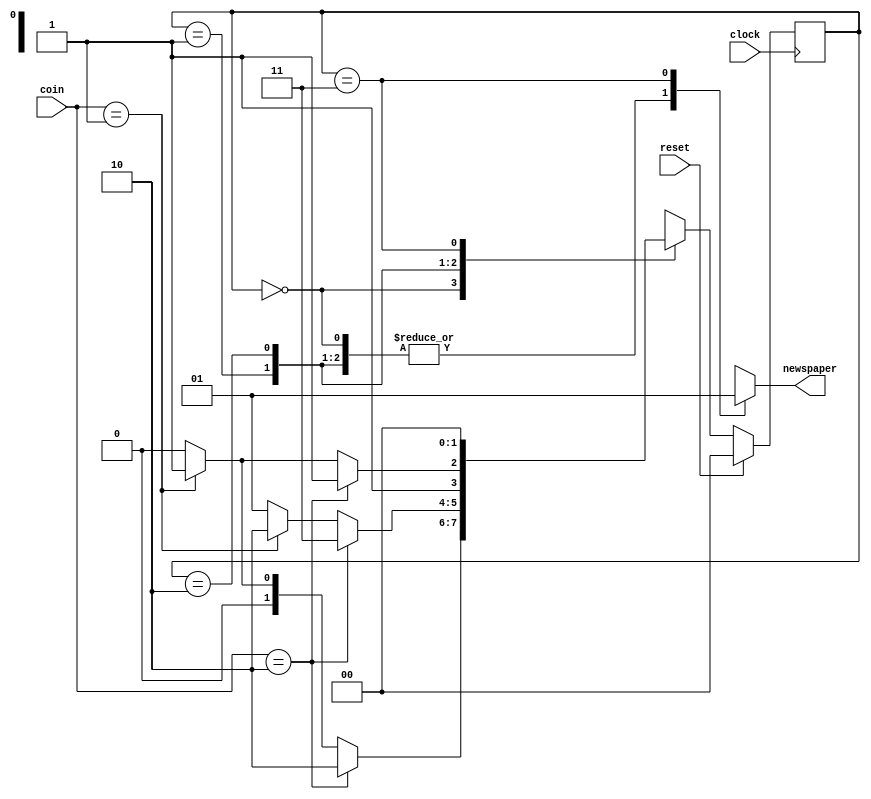
//Design the newspaper vending machine coin acceptor
//using a FSM approach
module vend( coin, clock, reset, newspaper);

//Input output port declarations
input [1:0] coin;             
input clock;
input reset;
output newspaper;                   
wire newspaper;

//internal FSM state declarations
wire [1:0] NEXT_STATE;
reg [1:0] PRES_STATE;

//state encodings
parameter s0 = 2'b00;         
parameter s5 = 2'b01;         
parameter s10 = 2'b10;        
parameter s15 = 2'b11;        

//Combinational logic
function [2:0] fsm;
	input [1:0] fsm_coin;         
	input [1:0] fsm_PRES_STATE;

	reg fsm_newspaper;                  
	reg [1:0] fsm_NEXT_STATE;

begin
	case (fsm_PRES_STATE)
	s0: //state = s0
	begin
		if (fsm_coin == 2'b10)
		begin
			fsm_newspaper = 1'b0;
			fsm_NEXT_STATE = s10;
		end
		else if (fsm_coin == 2'b01)
		begin
			fsm_newspaper = 1'b0;
			fsm_NEXT_STATE = s5;
		end
		else 
		begin
			fsm_newspaper = 1'b0;
			fsm_NEXT_STATE = s0;
		end
	end
	s5: //state = s5
	begin
		if (fsm_coin == 2'b10)
		begin
			fsm_newspaper = 1'b0;
			fsm_NEXT_STATE = s15;
		end
		else if (fsm_coin == 2'b01)
		begin
			fsm_newspaper = 1'b0;
			fsm_NEXT_STATE = s10;
		end
		else 
		begin
			fsm_newspaper = 1'b0;
			fsm_NEXT_STATE = s5;
		end
	end
	s10: //state = s10
	begin
		if (fsm_coin == 2'b10)
		begin
			fsm_newspaper = 1'b0;
			fsm_NEXT_STATE = s15;
		end
		else if (fsm_coin == 2'b01)
		begin
			fsm_newspaper = 1'b0;
			fsm_NEXT_STATE = s15;
		end
		else 
		begin
			fsm_newspaper = 1'b0;
			fsm_NEXT_STATE = s10;
		end
	end
	s15: //state = s15
	begin
		fsm_newspaper = 1'b1;
		fsm_NEXT_STATE = s0;
	end
	endcase
	fsm = {fsm_newspaper, fsm_NEXT_STATE};
end
endfunction

//Reevaluate combinational logic each time a coin
//is put or the present state changes
assign {newspaper, NEXT_STATE} = fsm(coin, PRES_STATE);

//clock the state flipflops.  
//use synchronous reset
always @(posedge clock)
begin
	if (reset == 1'b1)
		PRES_STATE =  s0;
	else
		PRES_STATE =  NEXT_STATE;
end

endmodule